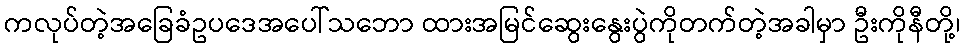
ကလုပ်တဲ့အခြေခံဥပဒေအပေါ်သဘော ထားအမြင်ဆွေးနွေးပွဲကိုတက်တဲ့အခါမှာ ဦးကိုနီတို့၊